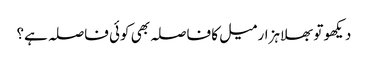
دیکھو تو بھلا ہزار میل کا فاصلہ بھی کوئی فاصلہ ہے؟